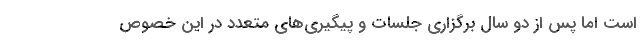
است اما پس از دو سال برگزاری جلسات و پیگیری‌های متعدد در این خصوص